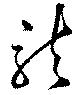
龍